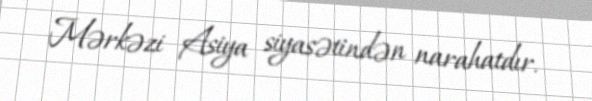
Mərkəzi Asiya siyasətindən narahatdır.